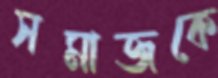
সমাজকে